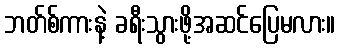
ဘတ်စ်ကားနဲ့ ခရီးသွားဖို့အဆင်ပြေမလား။